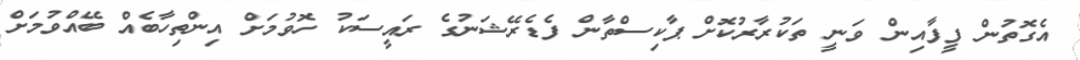
އެގޮތުން ފީފާއިން ވަނީ ތަކުރާރުކޮށް ޕާކިސްތާން ފެޑެރޭޝަނުގެ ރައީސަކު ހޮވުމަށް އިންތިހާބެއް ބޭއްވުމަށް